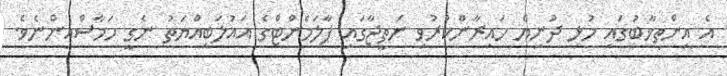
އެ އިންތިޚާބުގައި މުޅި ދުނިޔެ ހައިރާންކުރުވި ނަތީޖާގައި ޕާލަމެންޓްގެ އަޣުލަބިއްޔަތު ނެގީ ހަމާސްއިންނެވެ.